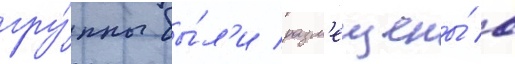
гру́ппы бы́л'и разм'ещены́ в